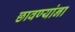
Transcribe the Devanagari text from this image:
छावण्यांना